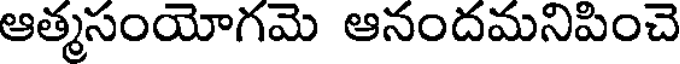
ఆత్మసంయోగమె ఆనందమనిపించె